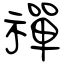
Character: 禪